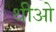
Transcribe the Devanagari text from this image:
थीओ